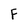
Character: F